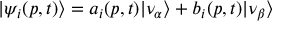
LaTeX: | \psi _ { i } ( p , t ) \rangle = a _ { i } ( p , t ) | \nu _ { \alpha } \rangle + b _ { i } ( p , t ) | \nu _ { \beta } \rangle